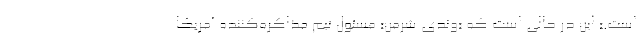
است.» این در حالی است که «وندی شرمن» مسئول تیم مذاکره‌کننده آمریکا